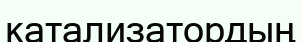
катализатордың